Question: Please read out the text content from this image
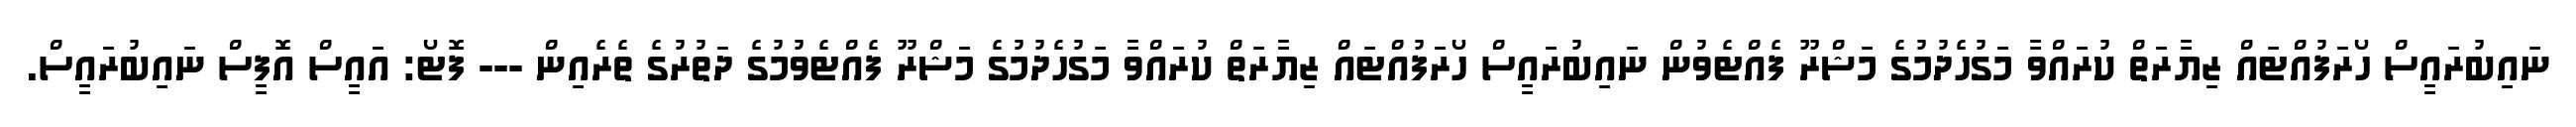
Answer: ނައިބުރައީސް ހޯރަފުއްޓައް ޒިޔާރަތް ކުރައްވާ މަގުހެދުމުގެ މަޝްރޫ ފެއްޓެވުން ނައިބުރައީސް ހޯރަފުއްޓައް ޒިޔާރަތް ކުރައްވާ މަގުހެދުމުގެ މަޝްރޫ ފެއްޓެވުމުގެ ދަތުރުގެ ތެރެއިން --- ފޮޓޯ: އައީސް އޮފީސް ނައިބުރައީސް.